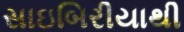
સાઇબિરીયાથી